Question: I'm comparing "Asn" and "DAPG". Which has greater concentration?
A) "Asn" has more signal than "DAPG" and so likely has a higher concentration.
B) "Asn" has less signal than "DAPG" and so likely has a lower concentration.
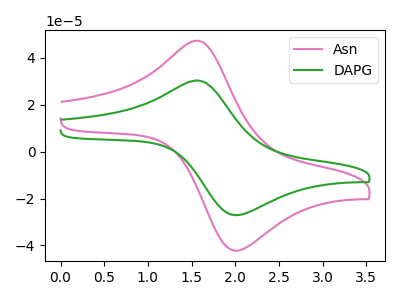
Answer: <think>The pink curve "Asn" has an anodic peak at (1.55V, 47.35uA) and a cathodic peak at (2.00V, -42.30uA). The green curve "DAPG" has an anodic peak at (1.55V, 30.35uA) and a cathodic peak at (2.00V, -27.15uA).
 All the peaks in "Asn" have a peak in "DAPG" at the same potential. Every peak in "Asn" is higher than every peak in "DAPG".</think>
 <answer>A) "Asn" has more signal than "DAPG" and so likely has a higher concentration.</answer>
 <eval>A</eval>